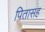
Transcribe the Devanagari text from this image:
पितासह